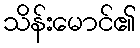
သိန်းမောင်၏